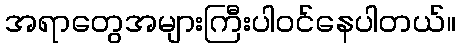
အရာတွေအများကြီးပါဝင်နေပါတယ်။